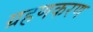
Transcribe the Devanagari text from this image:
ग्रहणकरण